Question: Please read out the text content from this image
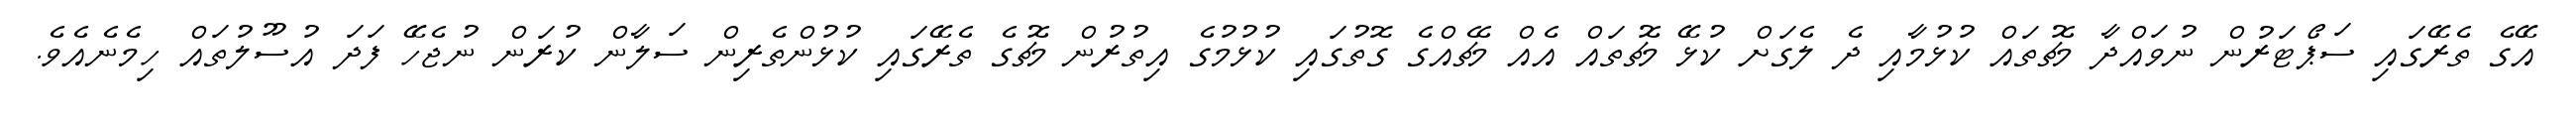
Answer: އޭގެ ތެރޭގައި ސަޕޯޓަރުން ނުވައްދާ މެޗުތައް ކުޅުމާއި ދެ ލެގަށް ކުޅޭ މެޗުތައް އެއް މެޗެއްގެ ގޮތުގައި ކުޅުމުގެ އިތުރުން މެޗުގެ ތެރޭގައި ކުޅުންތެރިން ސަލާން ކުރަން ނުޖެހޭ ފަދަ އުސޫލުތައް ހިމެނެއެވެ.